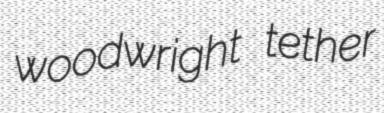
woodwright tether